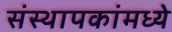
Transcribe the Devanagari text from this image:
संस्थापकांमध्ये